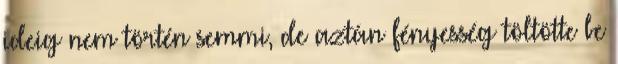
ideig nem történ semmi, de aztán fényesség töltötte be